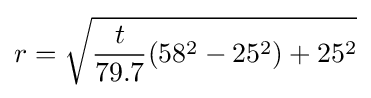
r={\sqrt {{t \over 79.7}(58^{2}-25^{2})+25^{2}}}